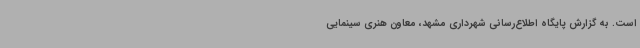
است. به گزارش پایگاه اطلاع‌رسانی شهرداری مشهد، معاون هنری سینمایی